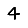
Digit: 4